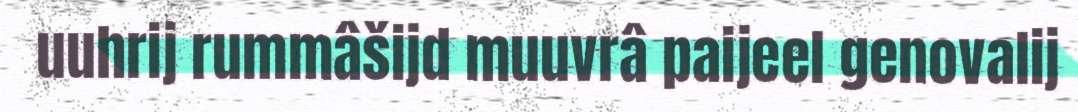
uuhrij rummâšijd muuvrâ paijeel genovalij